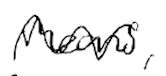
Text: means,
Cross-out: wave
Writing tool: digital_black